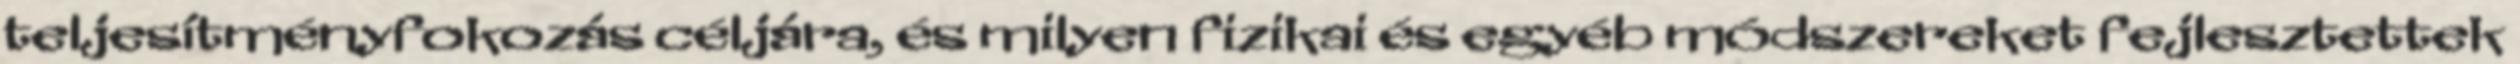
teljesítményfokozás céljára, és milyen fizikai és egyéb módszereket fejlesztettek